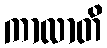
ကာလာတိ